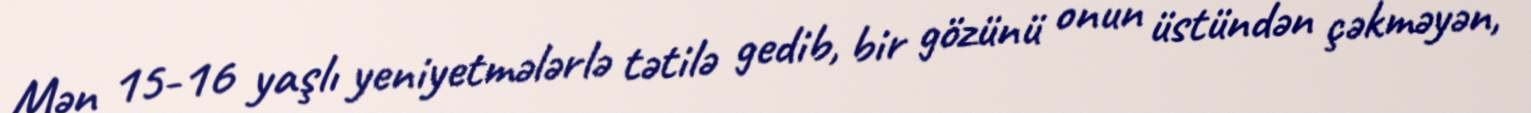
Mən 15-16 yaşlı yeniyetmələrlə tətilə gedib, bir gözünü onun üstündən çəkməyən,